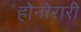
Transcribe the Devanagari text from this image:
होनोरारी